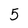
Character: 5